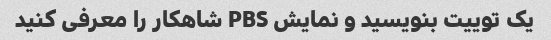
یک توییت بنویسید و نمایش PBS شاهکار را معرفی کنید